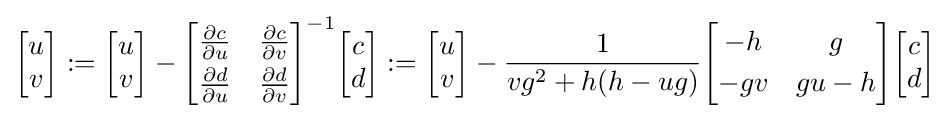
{\begin{bmatrix}u\\v\end{bmatrix}}:={\begin{bmatrix}u\\v\end{bmatrix}}-{\begin{bmatrix}{\frac {\partial c}{\partial u}}&{\frac {\partial c}{\partial v}}\\[3pt]{\frac {\partial d}{\partial u}}&{\frac {\partial d}{\partial v}}\end{bmatrix}}^{-1}{\begin{bmatrix}c\\d\end{bmatrix}}:={\begin{bmatrix}u\\v\end{bmatrix}}-{\frac {1}{vg^{2}+h(h-ug)}}{\begin{bmatrix}-h&g\\[3pt]-gv&gu-h\end{bmatrix}}{\begin{bmatrix}c\\d\end{bmatrix}}